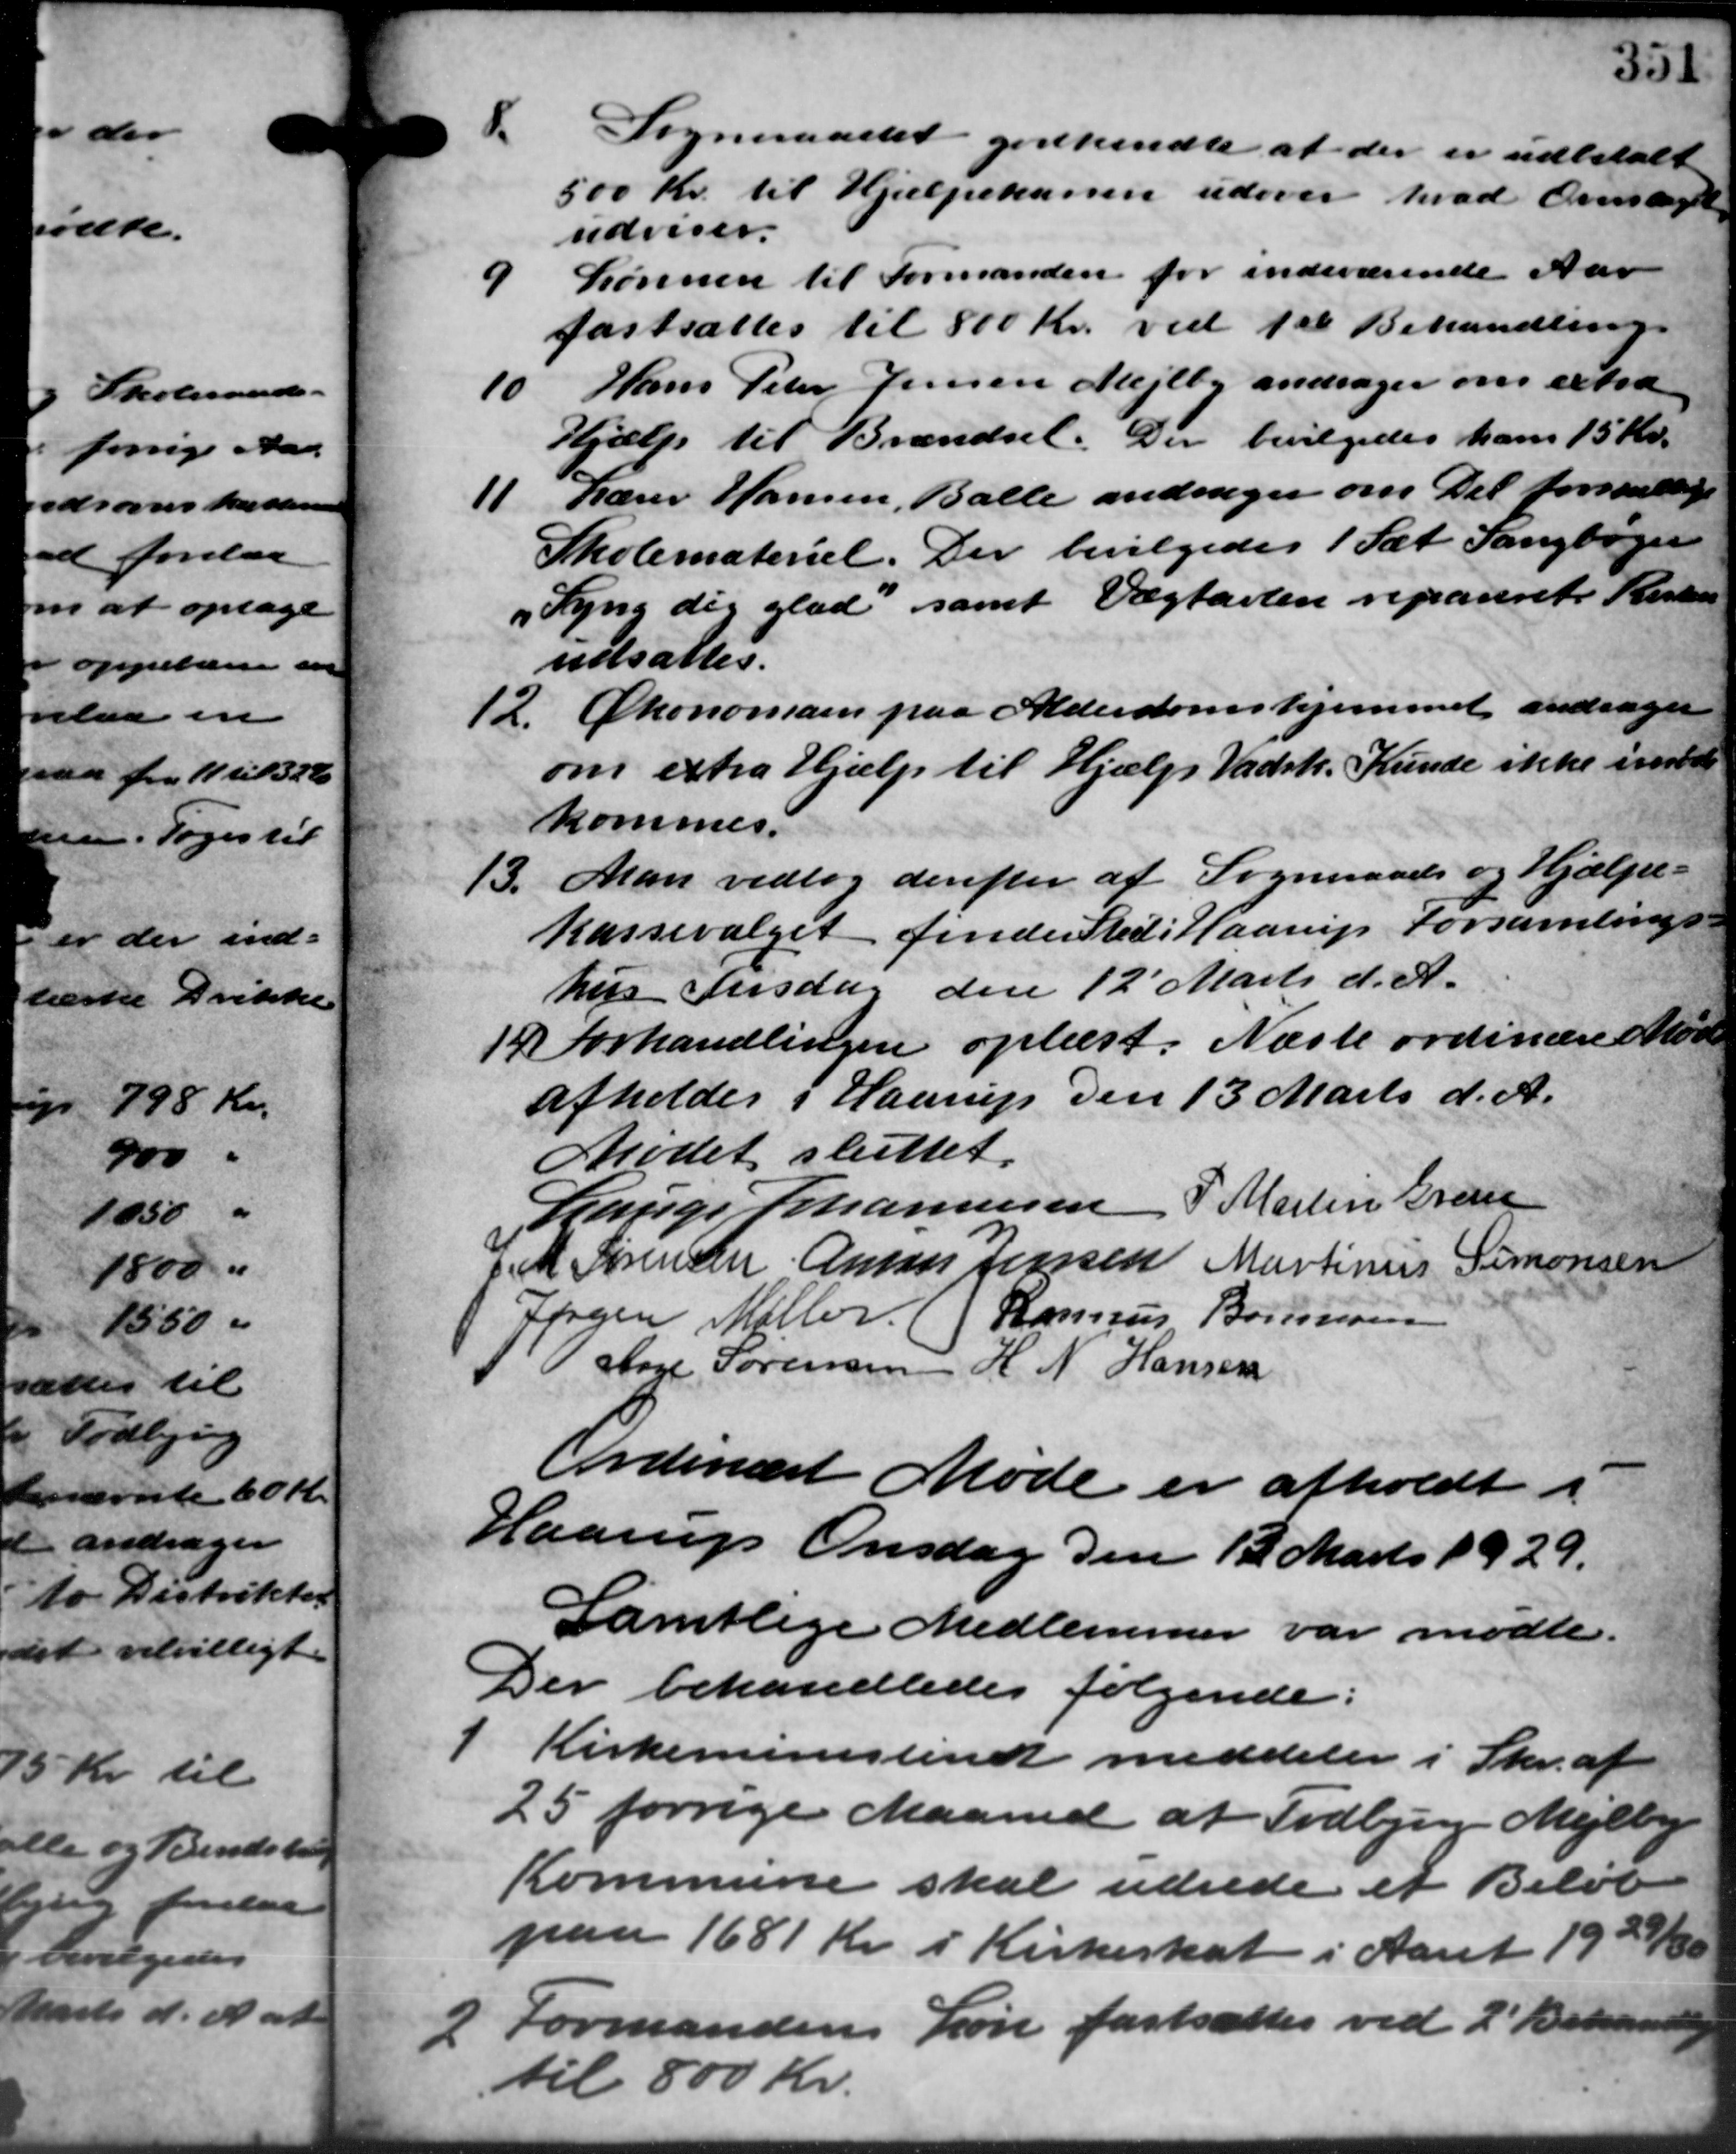
Transskription:
Sogneraadet godkendte at der er udbetalt
500 Kr. til Hjælpekassen udover hvad Overslaget
udviser.
9
Lønnen til Formanden for indeværende Aar
fastsattes til 800 Kr. ved 1ste Behandling.
Hans Peter Jensen Mejlby andrager om extra
10
Hjælp til Brændsel. Der bevilgedes ham 15 Kr.
11
Lærer Hansen, Balle andrager om Del forskellige
Skolemateriel. Der bevilgedes 1 Sæt Sangbøger
Lyng dig glad samt Vægtavlen repareret Kisten
udsattes.
12. Økonomaen paa Alderdomshjemmet andrager
12. Økonomaen paa Alderdomshjemmet andrager
om extra Hjælp til Hjælp Vadsk. Kunde ikke indtil
kommes.
13. Man vedtog derefter af Sogneraads og Hjælpe-
13. Man vedtog derefter af Sogneraads og Hjælpe-
kassevalget finder Sted i Haarup Forsamlings-
hus Tirsdag den 12´ Marts d. A.
19 Forhandlingen oplæst. Næste ordinære Møde
19 Forhandlingen oplæst. Næste ordinære Møde
afholdes i Haarup Den 13 Marts d. A.
Mødet sluttet.
Lauge Johannesen P. Martin Gren
J.M. Sørensen Amors Jensen Martinus Simonsen
Jørgen Møller ( Rasmus Bomusen
Aage Sørensen  H. N. Hansen
Ordinært Møde er afholdt i
Haarup Onsdag den 12 Marts 1929.
Samtlige Medlemmer var mødte.
Der behandledes følgende:

Kirkeministeriet meddeler i Skr. af
25 forrige Maaned at Todbjerg Mejlby
Kommune skal udrede et Beløb
paa 1681 Kr. i Kirkeskat i Aaret 1929/3
2 Formandens Løn fastsættes ved 2' Behandling
2 Formandens Løn fastsættes ved 2' Behandling
1. ild